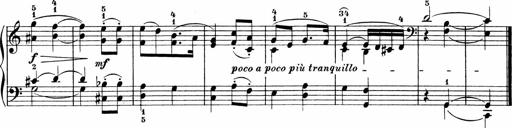
Title: 3 Sonatinas
Composer: Carl Reinecke